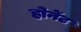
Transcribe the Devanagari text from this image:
होर्नेट